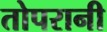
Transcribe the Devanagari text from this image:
तोपरानी